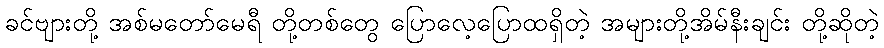
ခင်ဗျားတို့ အစ်မတော်မေရီ တို့တစ်တွေ ပြောလေ့ပြောထရှိတဲ့ အများတို့အိမ်နီးချင်း တို့ဆိုတဲ့